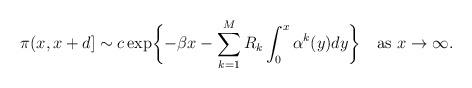
LaTeX: \begin{align*}\pi(x,x+d]\sim c\exp\biggl\{-\beta x-\sum_{k=1}^M R_k\int_0^x\alpha^k(y)dy\biggr\}\quad\mbox{as }x\to\infty.\end{align*}